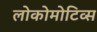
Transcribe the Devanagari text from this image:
लोकोमोटिव्स